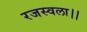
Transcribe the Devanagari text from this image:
रजस्वला।।